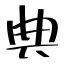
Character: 典